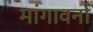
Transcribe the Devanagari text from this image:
मांगावर्ना